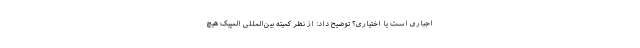
اجباری است یا اختیاری؟ توضیح داد: از نظر کمیته بین‌المللی المپیک هیچ